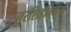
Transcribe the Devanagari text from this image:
नरसिंहविजय